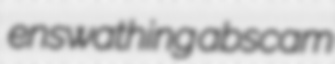
enswathing abscam